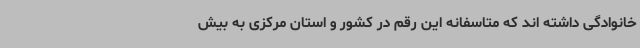
خانوادگی داشته اند که متاسفانه این رقم در کشور و استان مرکزی به بیش